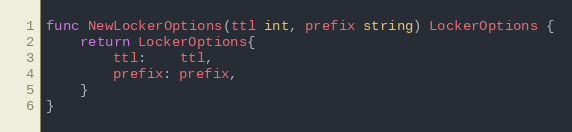
Language: Go
func NewLockerOptions(ttl int, prefix string) LockerOptions {
	return LockerOptions{
		ttl:    ttl,
		prefix: prefix,
	}
}